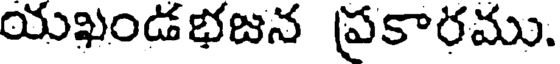
యఖండభజన ప్రకారము.